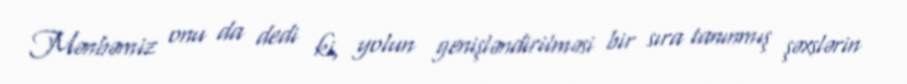
Mənbəmiz onu da dedi ki, yolun genişləndirilməsi bir sıra tanınmış şəxslərin